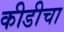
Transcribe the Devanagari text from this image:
कीडीचा